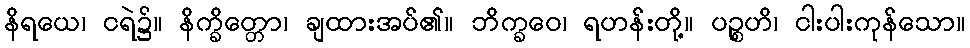
နိရယေ၊ ငရဲ၌။ နိက္ခိတ္တော၊ ချထားအပ်၏။ ဘိက္ခဝေ၊ ရဟန်းတို့။ ပဉ္စဟိ၊ ငါးပါးကုန်သော။